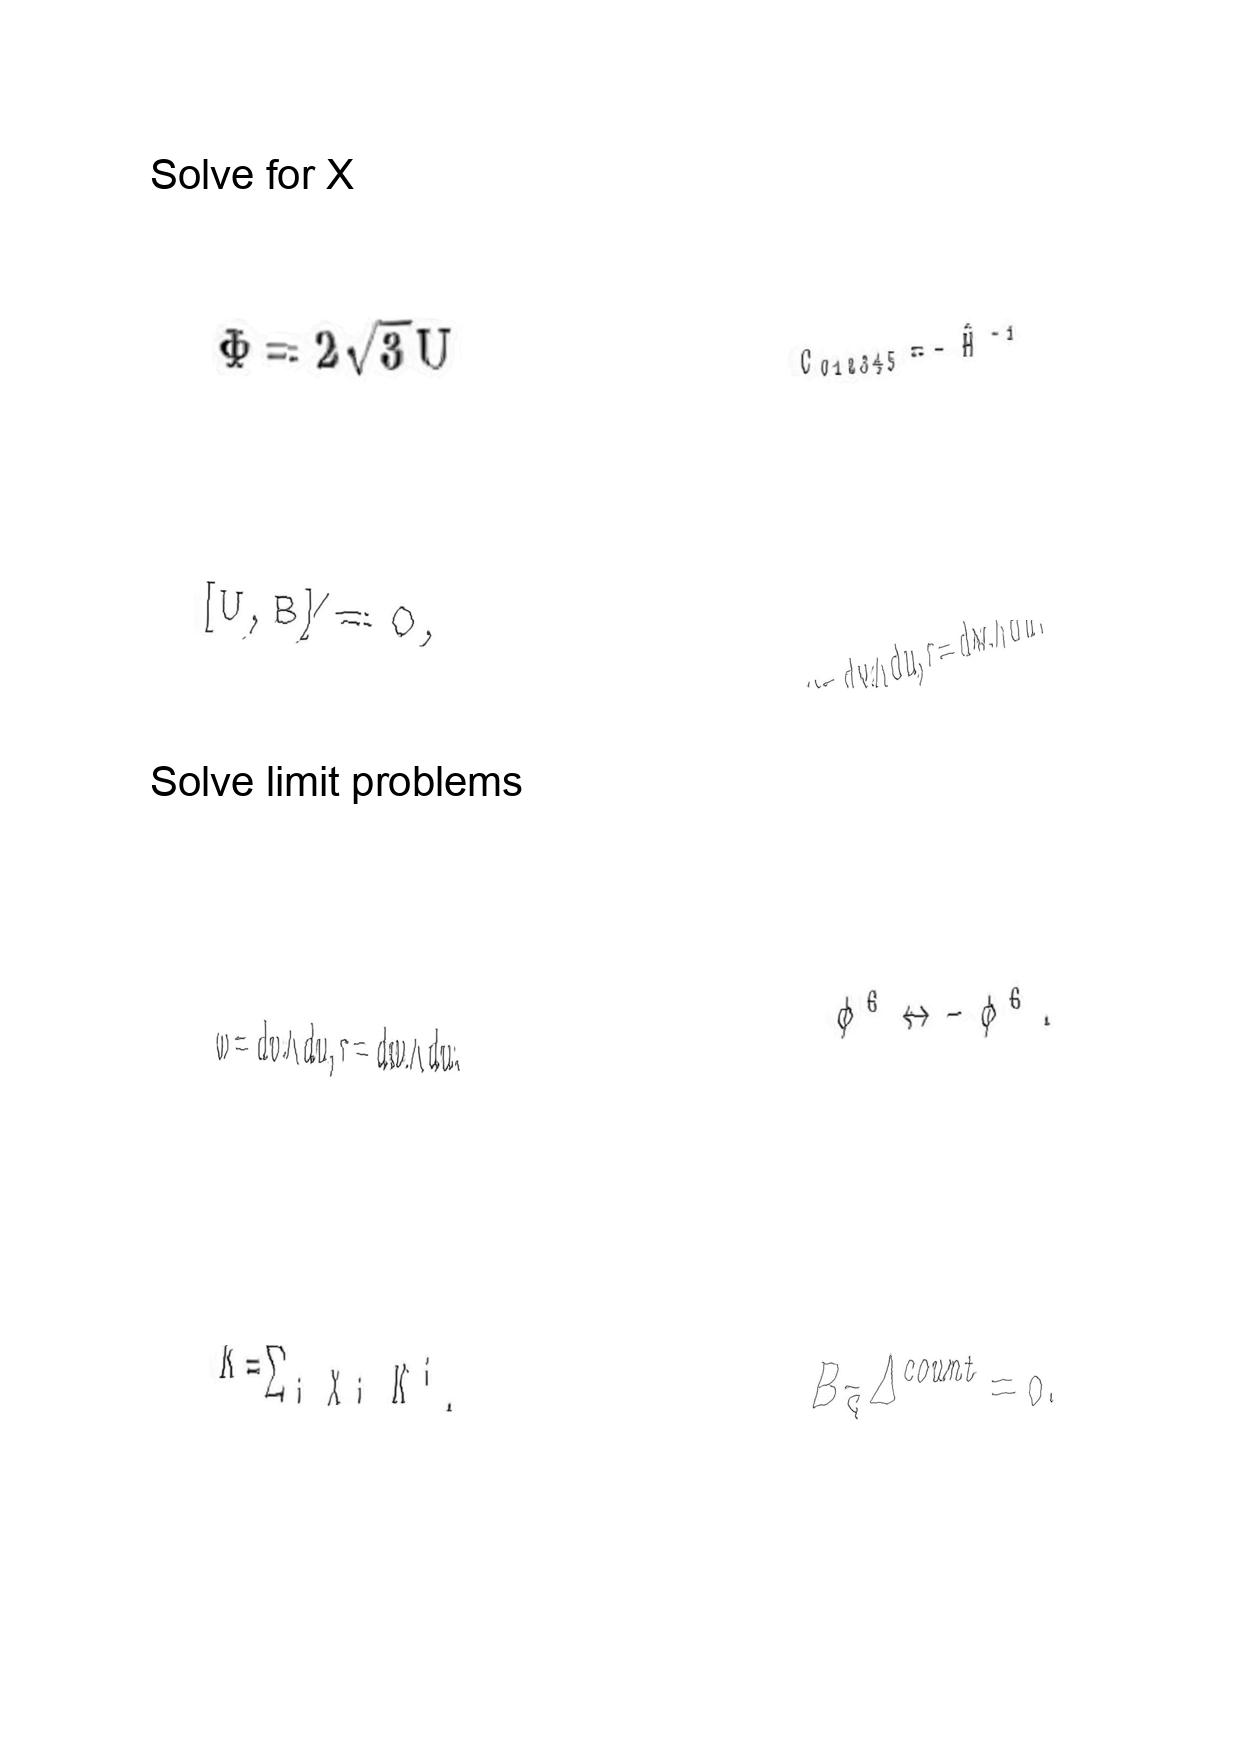
LaTeX transcription:
\Phi = 2 \sqrt { 3 } U
\lbrack U , B \rbrack \neq 0 ,
\omega = d v \wedge d u , \tau = d w \wedge d u .
K = \sum _ { i } \chi _ { i } K ^ { i } ,
C _ { 0 1 2 3 4 5 } = - \hat { H } ^ { - 1 }
\omega = d v \wedge d u , \tau = d w \wedge d u .
\phi ^ { 6 } \leftrightarrow - \phi ^ { 6 } .
B _ { \tilde { S } } \Delta ^ { c o u n t } = 0 .